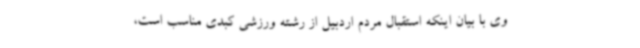
وی با بیان اینکه استقبال مردم اردبیل از رشته ورزشی کبدی مناسب است،